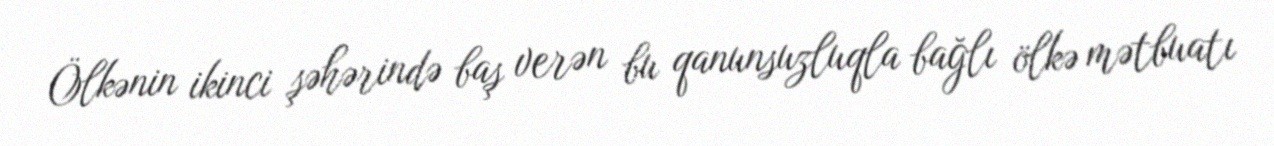
Ölkənin ikinci şəhərində baş verən bu qanunsuzluqla bağlı ölkə mətbuatı